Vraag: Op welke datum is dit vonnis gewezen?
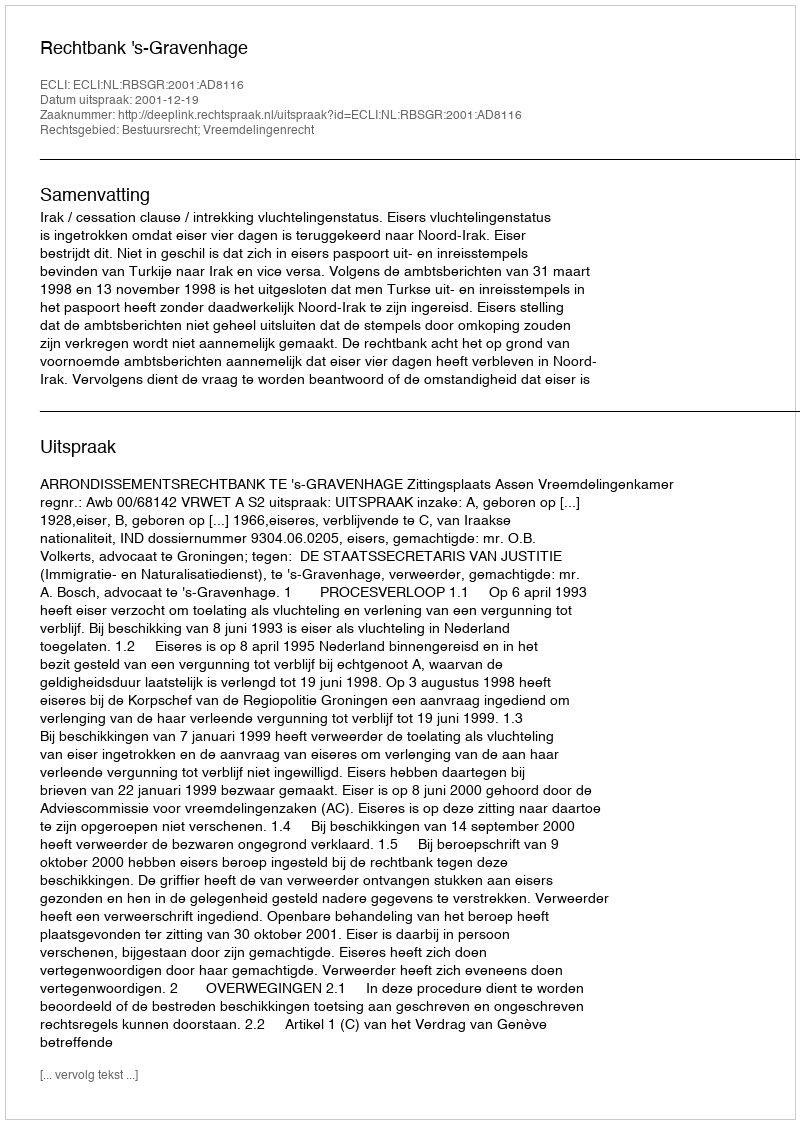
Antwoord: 2001-12-19